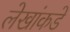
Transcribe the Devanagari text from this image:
लेखांकडे